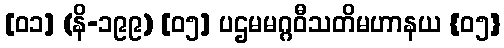
[၀၁] (နိ-၁၉၉) [၀၅] ပဌမမဂ္ဂဝီသတိမဟာနယ {၀၅}